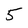
Character: 5